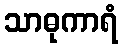
သာဓုကာရံ